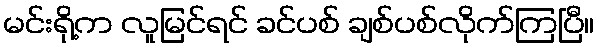
မင်းရို့က လူမြင်ရင် ခင်ပစ် ချစ်ပစ်လိုက်ကြပြီ။